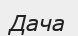
Дача